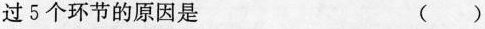
过5个环节的原因是 ()